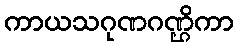
ကာယသဂုဏဂဏ္ဌိကာ